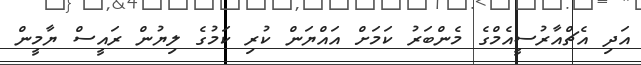
އަދި އެޗްއާރުސީއެމްގެ މެންބަރު ކަމަށް އައްޔަން ކުރި ކަމުގެ ލިޔުން ރައީސް ޔާމީން